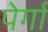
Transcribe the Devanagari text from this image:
पेर्गा